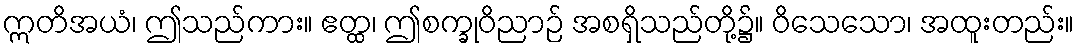
ဣတိအယံ၊ ဤသည်ကား။ ဧတ္ထ၊ ဤစက္ခုဝိညာဉ် အစရှိသည်တို့၌။ ဝိသေသော၊ အထူးတည်း။